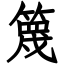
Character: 篾